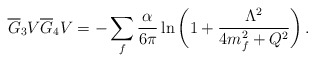
\begin{align*}\overline G_3V\overline G_4V =-\sum_f {\alpha\over 6\pi} \ln{\bigg( 1+{\Lambda^2\over 4m_f^2+Q^2}\bigg)}\,.\end{align*}